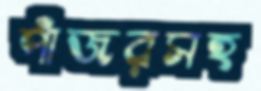
পাঁজরসহ